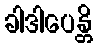
ခါဒါပေန္တိ